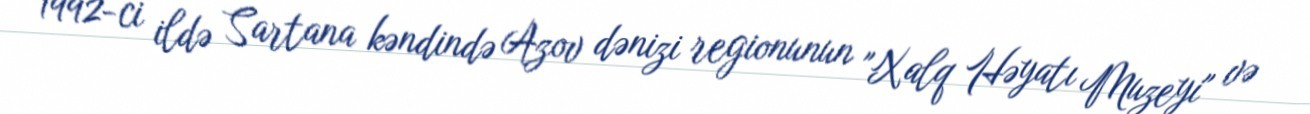
1992-ci ildə Sartana kəndində Azov dənizi regionunun "Xalq Həyatı Muzeyi" və